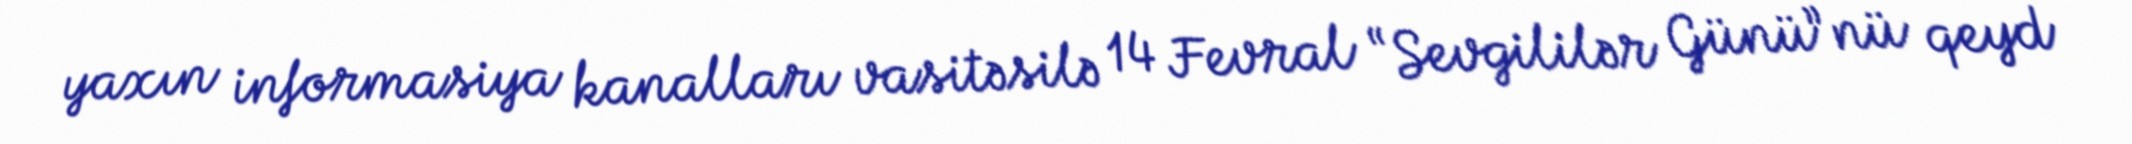
yaxın informasiya kanalları vasitəsilə 14 Fevral “Sevgililər Günü”nü qeyd